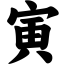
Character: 寅